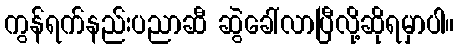
ကွန်ရက်နည်းပညာဆီ ဆွဲခေါ်လာပြီလို့ဆိုရမှာပါ။